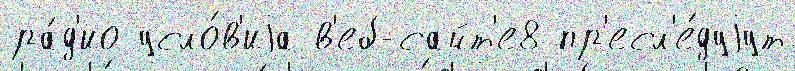
ра́д'ио усло́в'иjа в'еб-сайт'е8 пр'есл'е́дуjут